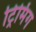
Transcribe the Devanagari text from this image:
ट्रिमिंग